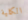
الكلية